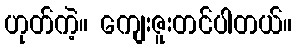
ဟုတ်ကဲ့။ ကျေးဇူးတင်ပါတယ်။